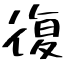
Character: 復